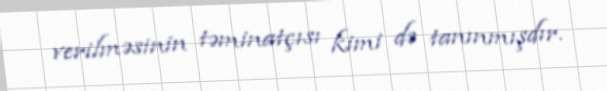
verilməsinin təminatçısı kimi də tanınmışdır.